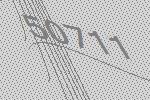
50711